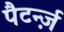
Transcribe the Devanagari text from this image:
पैटर्न्ज़